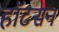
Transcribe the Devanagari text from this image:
हॉटसन